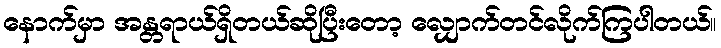
နောက်မှာ အန္တရာယ်ရှိတယ်ဆိုပြီးတော့ လျှောက်တင်လိုက်ကြပါတယ်။